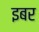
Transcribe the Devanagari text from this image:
इबर